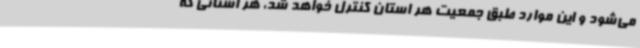
می‌شود و این موارد طبق جمعیت هر استان کنترل خواهد شد، هر استانی که